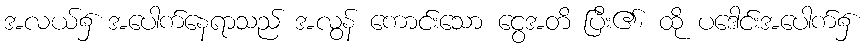
အလယ်၌ အပေါက်နေရာသည် အလွန် ကောင်းသော ငွေအတိ ပြီး၏၊ ထို ပဒေါင်းအပေါက်၌